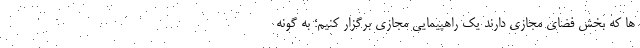
ها که بخش فضای مجازی دارند یک راهپیمایی مجازی برگزار کنیم؛ به گونه